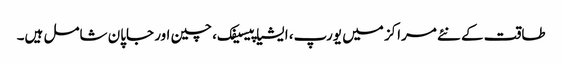
طاقت کے نئے مراکز میں یورپ، ایشیا پیسیفک، چین اور جاپان شامل ہیں۔